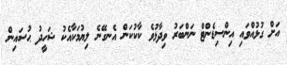
އަށް ގުޅުއްވައި އިންސިޑެންޓް ނަންބަރު ވިދާޅުވެ ކާކުކަން އެނގޭނެ ލިޔުމަކާއެކު ޝަހީދު ޙުސައިން